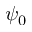
\psi _ { 0 }